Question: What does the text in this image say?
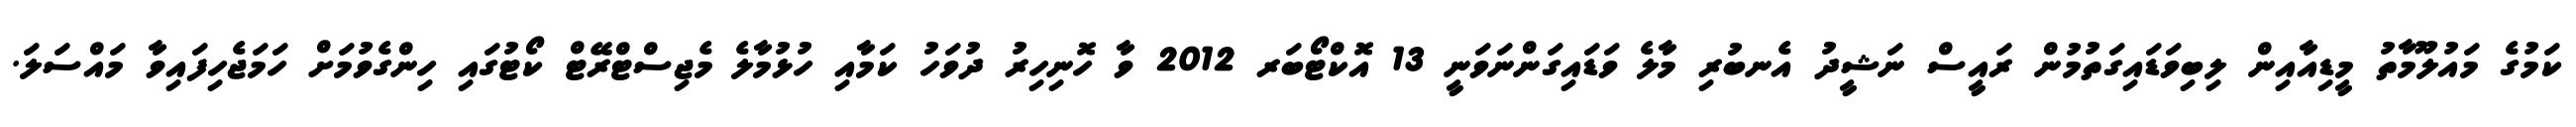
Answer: ކަމުގެ މައުލޫމާތު މީޑިއާއިން ލިބިވަޑައިގަތުމުން ރައީސް ނަޝީދު އެނބުރި މާލެ ވަޑައިގަންނަވަނީ 13 އޮކްޓޯބަރ 2012 ވާ ހޮނިހިރު ދުވަހު ކަމާއި ހުޅުމާލެ މެޖިސްޓްރޭޓް ކޯޓުގައި ހިންގެވުމަށް ހަމަޖެހިފައިވާ މައްސަލަ.